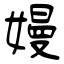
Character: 嫚